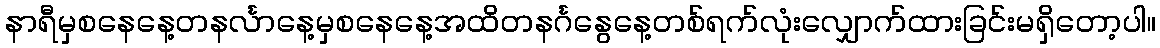
နာရီမှစနေနေ့တနင်္လာနေ့မှစနေနေ့အထိတနင်္ဂနွေနေ့တစ်ရက်လုံးလျှောက်ထားခြင်းမရှိတော့ပါ။